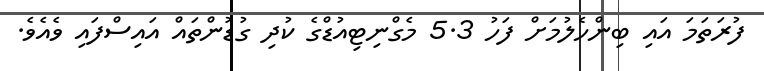
ފުރަތަމަ އައި ބިންހެލުމަށް ފަހު 5.3 މެގްނިޓިއުޑްގެ ކުދި ގުޑުންތައް އައިސްފައި ވެއެވެ.